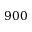
9 0 0